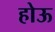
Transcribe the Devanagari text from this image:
होऊ